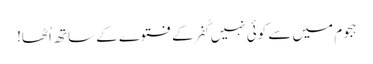
ہجوم میں سے کوئی نہیں کُفر کے فتوے کے ساتھ اُٹھا!